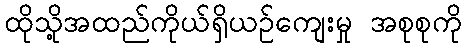
ထိုသို့အထည်ကိုယ်ရှိယဉ်ကျေးမှု အစုစုကို